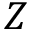
Z